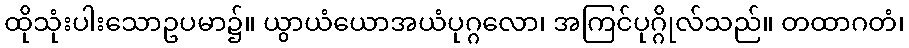
ထိုသုံးပါးသောဥပမာ၌။ ယွာယံယောအယံပုဂ္ဂလော၊ အကြင်ပုဂ္ဂိုလ်သည်။ တထာဂတံ၊